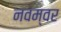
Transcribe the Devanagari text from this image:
नवम्‍वर